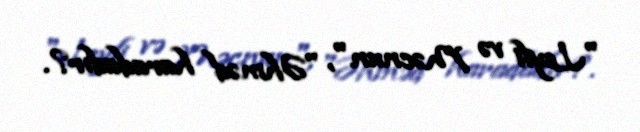
"Leyli və Məcnun", "Əhməd haradadır?.